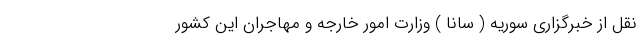
نقل از خبرگزاری سوریه ( سانا ) وزارت امور خارجه و مهاجران این کشور